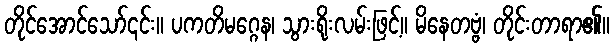
တိုင်အောင်သော်၎င်း။ ပကတိမဂ္ဂေန၊ သွားရိုးလမ်းဖြင့်။ မိနေတဗ္ဗံ၊ တိုင်းတာရာ၏။